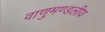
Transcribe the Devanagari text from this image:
वाणुमण्डलीय